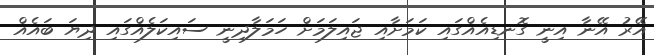
އޭރު އޭނާ އިނީ ގޮނޑިއެއްގައި ކަމަށާއި ޖައިލަމަށް ހަމަލާދިނީ ސައިކަލެއްގައި ދިޔަ ބައެއް